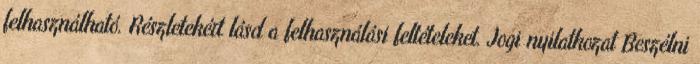
felhasználható. Részletekért lásd a felhasználási feltételeket. Jogi nyilatkozat Beszélni